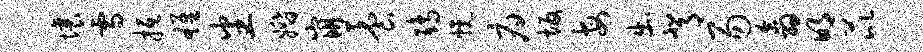
壤雪抵雄番婚崩养鸱幌府坂每出背易翕明芘